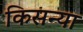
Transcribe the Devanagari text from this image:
किसन्या